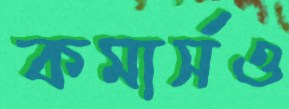
কমার্সও